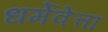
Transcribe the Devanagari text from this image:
धर्मेवेत्ता